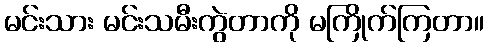
မင်းသား မင်းသမီးကွဲတာကို မကြိုက်ကြတာ။